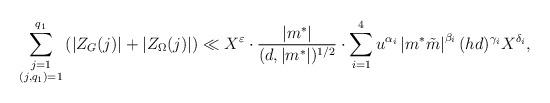
LaTeX: \begin{align*} \sum\limits_{\substack{j=1\\ (j,q_1)=1}}^{q_1} \left(\left|Z_G(j)\right|+\left|Z_\Omega(j)\right|\right)\ll X^{\varepsilon}\cdot \frac{|m^{\ast}|}{(d,|m^{\ast}|)^{1/2}}\cdot \sum\limits_{i=1}^{4} u^{\alpha_i}\left|m^{\ast}\tilde{m}\right|^{\beta_i}(hd)^{\gamma_i}X^{\delta_i},\end{align*}